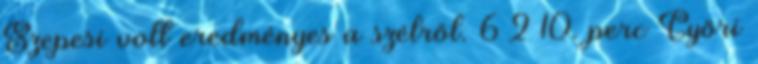
Szepesi volt eredményes a szélről. 6–2 10. perc Győri